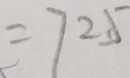
= 7 2 . 5